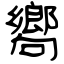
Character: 嚮